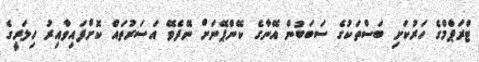
ޓްރަޕްމްގެ ހަރުކަށި ބަސްތަކުގެ ސަބަބުން އޭނާގެ ކޭންޕޭނަށް ނޭދެވޭ އަސަރުތައް ކޮށްފައިވާއިރު ހިލަރީގެ